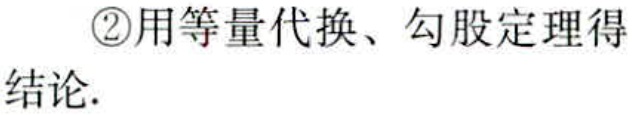
\textcircled{2}用等量代换、勾股定理得结论.